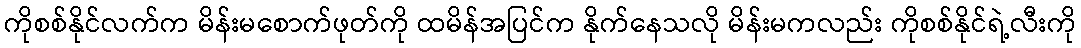
ကိုစစ်နိုင်လက်က မိန်းမစောက်ဖုတ်ကို ထမိန်အပြင်က နိုက်နေသလို မိန်းမကလည်း ကိုစစ်နိုင်ရဲ့လီးကို